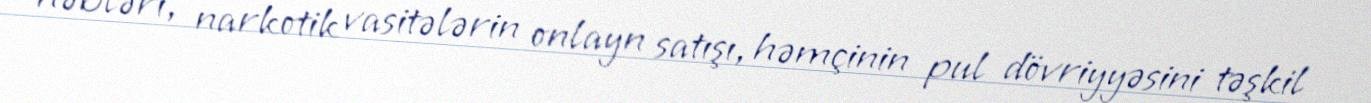
həbləri, narkotik vasitələrin onlayn satışı, həmçinin pul dövriyyəsini təşkil